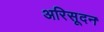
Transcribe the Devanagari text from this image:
अरिसूदन